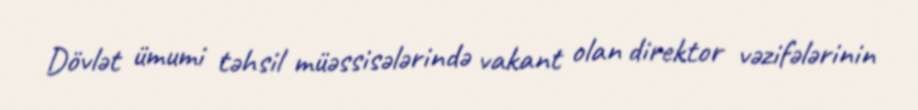
Dövlət ümumi təhsil müəssisələrində vakant olan direktor vəzifələrinin